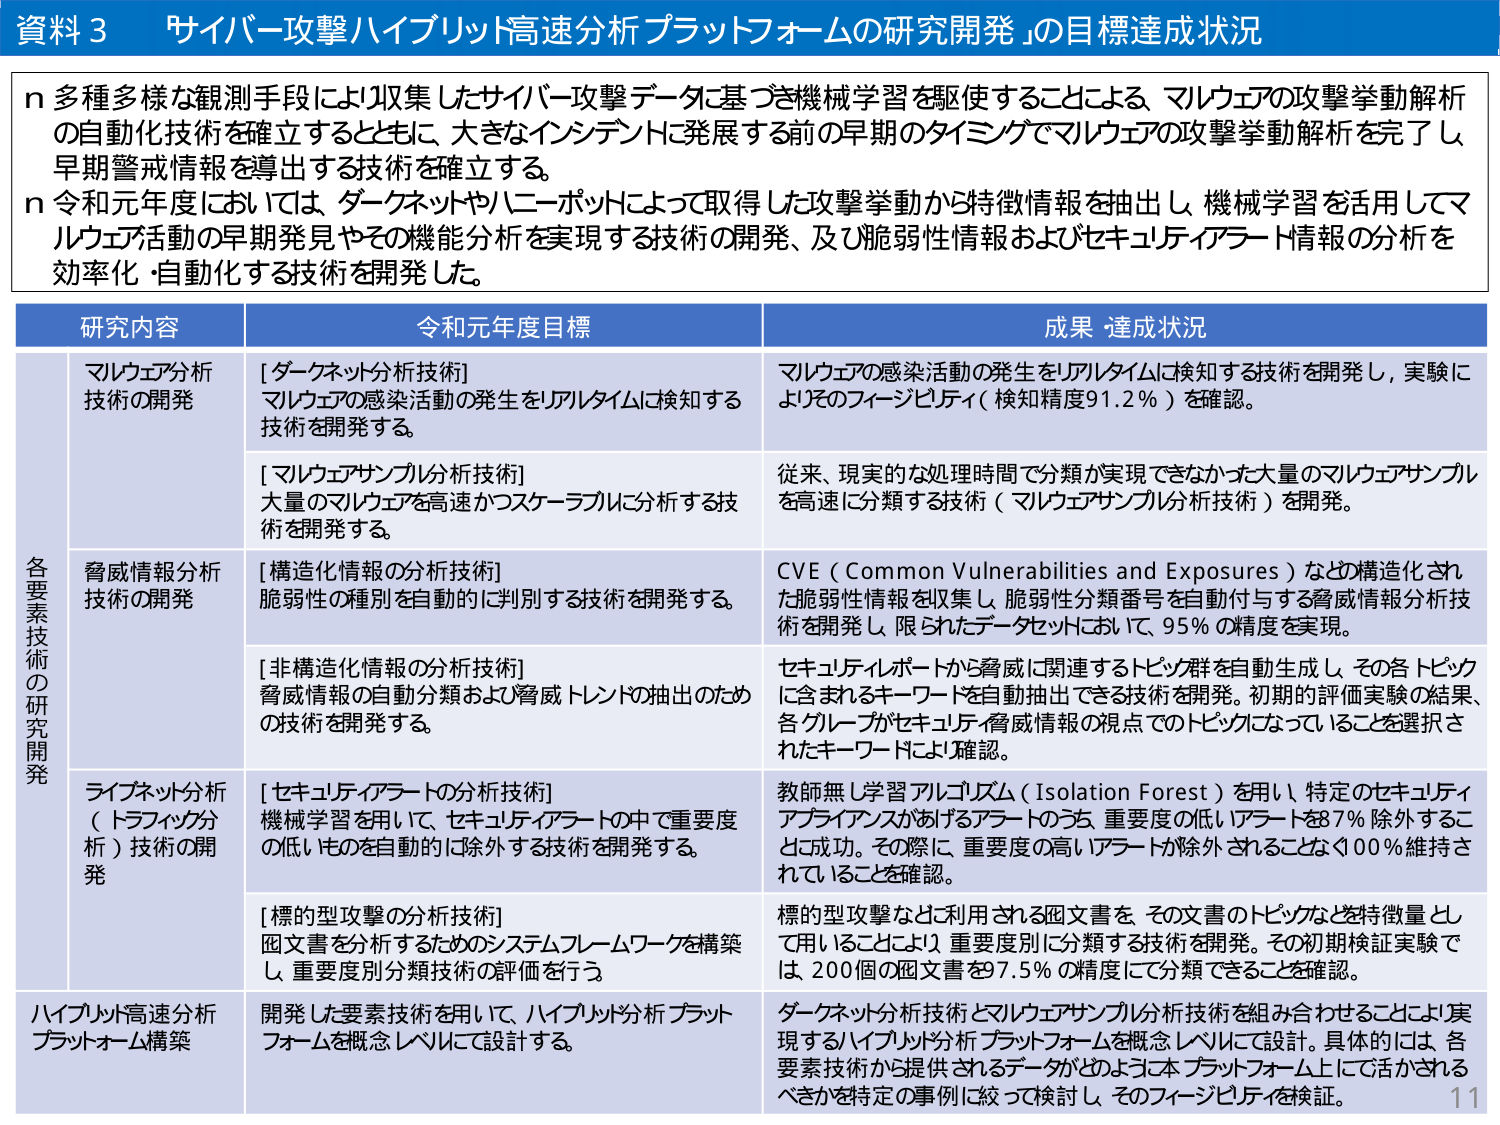
資料３ 「サイバー攻撃ハイブリッド高速分析プラットフォームの研究開発」の目標達成状況

n 多種多様な観測手段により収集したサイバー攻撃データに基づき機械学習を駆使することによる、マルウェアの攻撃挙動解析の自動化技術を確立するとともに、大きなインシデントに発展する前の早期のタイミングでマルウェアの攻撃挙動解析を完了し、早期警戒情報を導出する技術を確立する。

n 令和元年度においては、ダークネットやハニーポットによって取得した攻撃挙動から特徴情報を抽出し、機械学習を活用してマルウェア活動の早期発見やその機能分析を実現する技術の開発、及び脆弱性情報およびセキュリティアラート情報の分析を効率化・自動化する技術を開発した。

研究内容